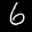
Label: 6